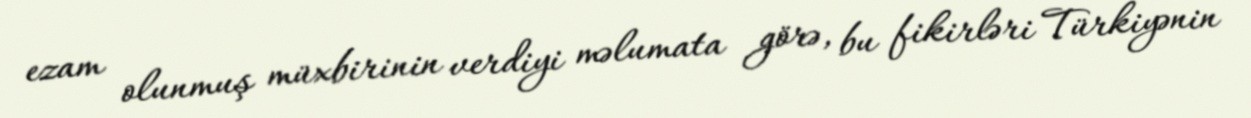
ezam olunmuş müxbirinin verdiyi məlumata görə, bu fikirləri Türkiyənin